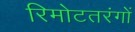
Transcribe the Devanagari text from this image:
रिमोटतरंगों